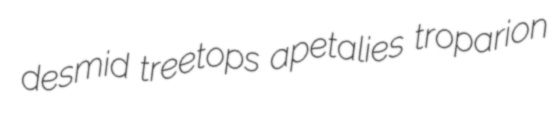
desmid treetops apetalies troparion